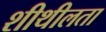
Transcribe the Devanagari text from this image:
शीथीलता